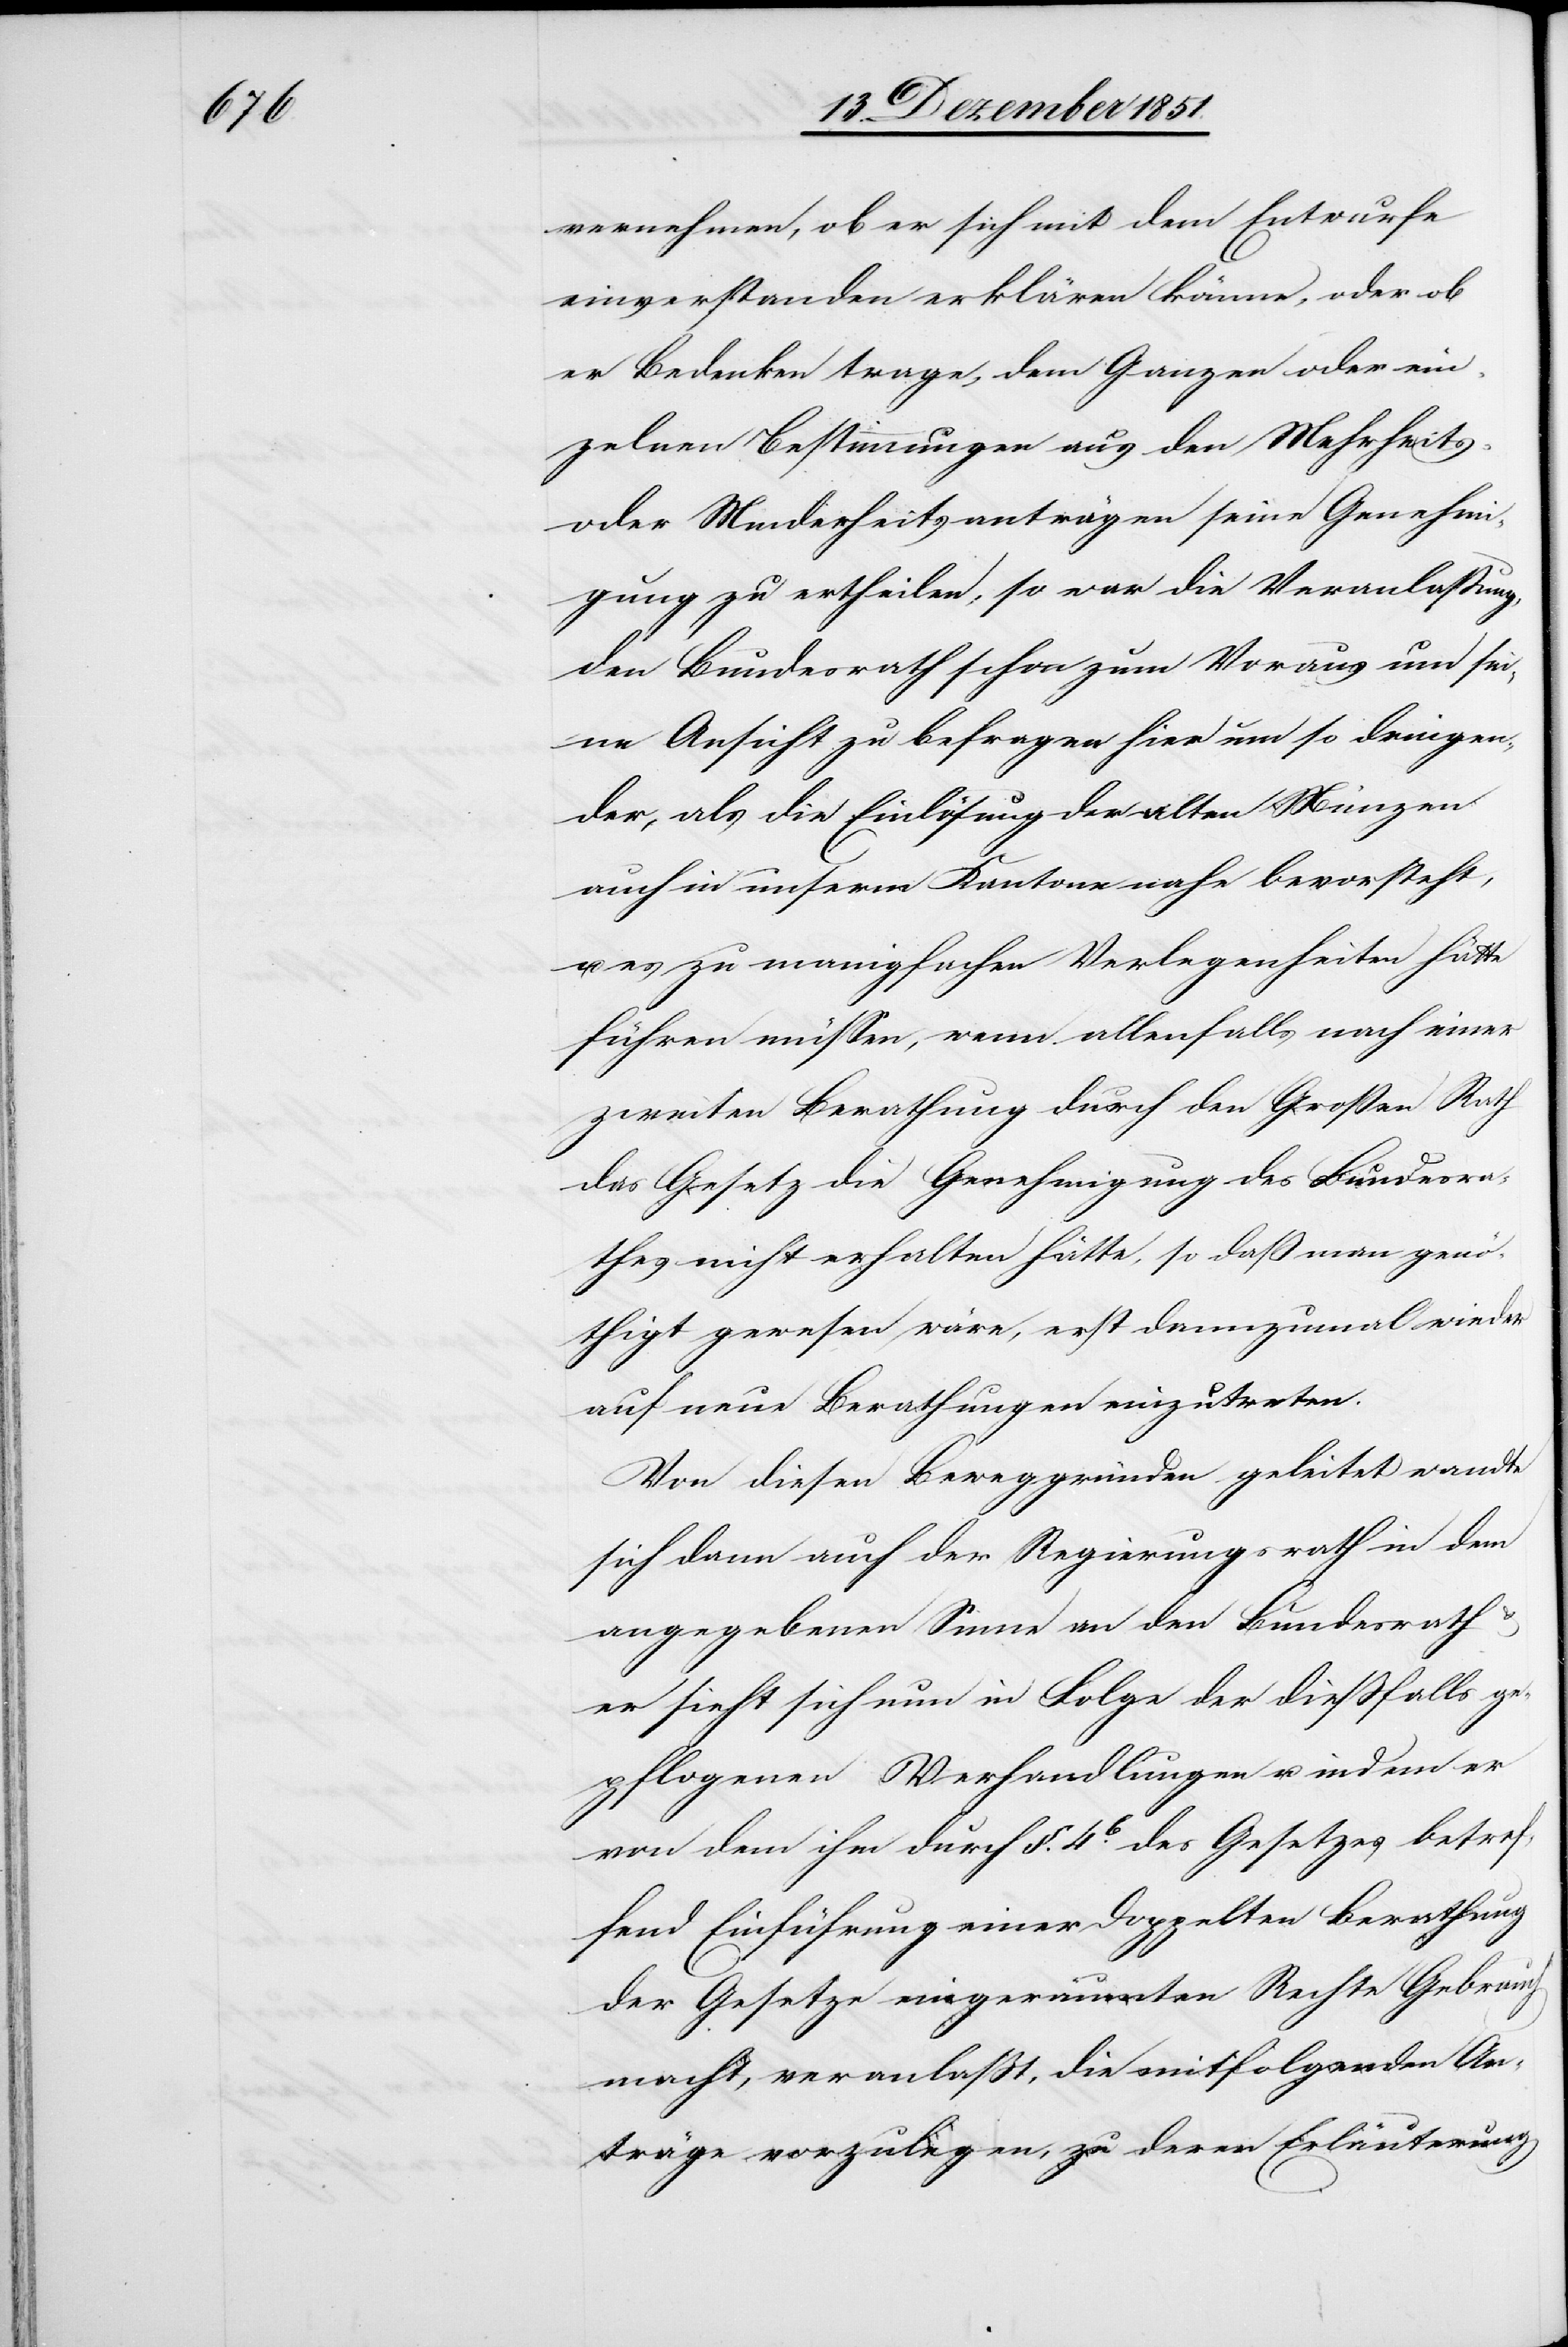
vernehmen, ob er sich mit dem Entwurfe
einverstanden erklären könne, oder ob
er Bedenken trage, dem Ganzen oder ein¬
zelnen Bestimmungen aus den Mehrheits-
oder Minderheitsanträgen seine Genehmi¬
gung zu ertheilen, so war die Veranlaßung,
den Bundesrath schon zum Voraus um sei¬
ne Ansicht zu befragen hier um so dringen¬
der, als die Einlösung der alten Münzen
auch in unserm Kantone nahe bevorsteht,
u. es zu manigfachen Verlegenheiten hätte
führen müssen, wenn allenfalls nach einer
zweiten Berathung durch den Großen Rath
das Gesetz die Genehmigung des Bundesra¬
thes nicht erhalten hätte, so das man genö¬
thigt gewesen wäre, erst dannzumal wieder
auf neue Berathungen einzutreten.
Von diesen Beweggründen geleitet wandte
sich dann auch der Regierungsrath in dem
angegebenen Sinne an den Bundesrath
er sieht sich nun in Folge der dießfalls ge¬
pflogenen Verhandlungen u. indem er
von dem ihm durch §. 4b. des Gesetzes betref¬
fend Einführung einer Doppelten Berathung
der Gesetze eingeräumten Rechte Gebrauch
macht, veranlaßt, die mitfolgenden An¬
träge vorzulegen, zu deren Erläuterung